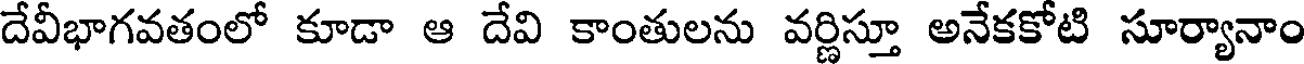
దేవీభాగవతంలో కూడా ఆ దేవి కాంతులను వర్ణిస్తూ అనేకకోటి సూర్యానాం